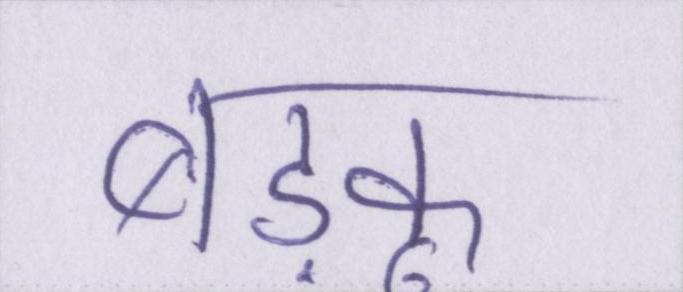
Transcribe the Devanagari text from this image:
बड़कू